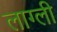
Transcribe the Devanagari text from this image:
लाग्ली